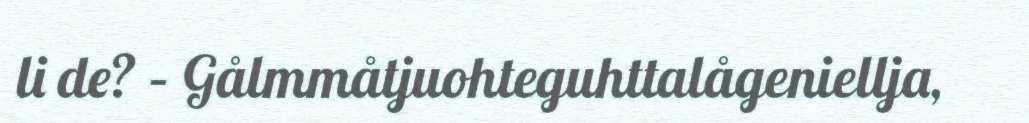
li de? – Gålmmåtjuohteguhttalågeniellja,